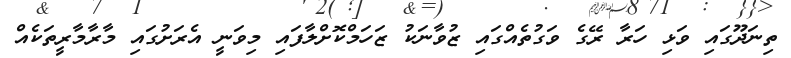
ތިނަދޫގައި ވަޅި ހަރާ ރޭގެ ވަގުތެއްގައި ޒުވާނަކު ޒަހަމްކޮށްލާފައި މިވަނީ އެރަށުގައި މާރާމާރީތަކެއް